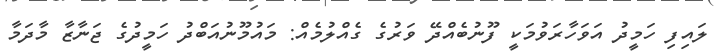
ލައިފި ހަމީދު އަވަހާރަވުމަކީ ފޫނުބެއްދޭ ވަރުގެ ގެއްލުމެއް: މައުމޫނުއަބްދު ހަމީދުގެ ޖަނާޒާ މާދަމާ